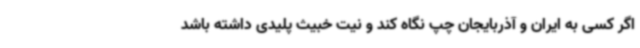
اگر کسی به ایران و آذربایجان چپ نگاه کند و نیت خبیث پلیدی داشته باشد